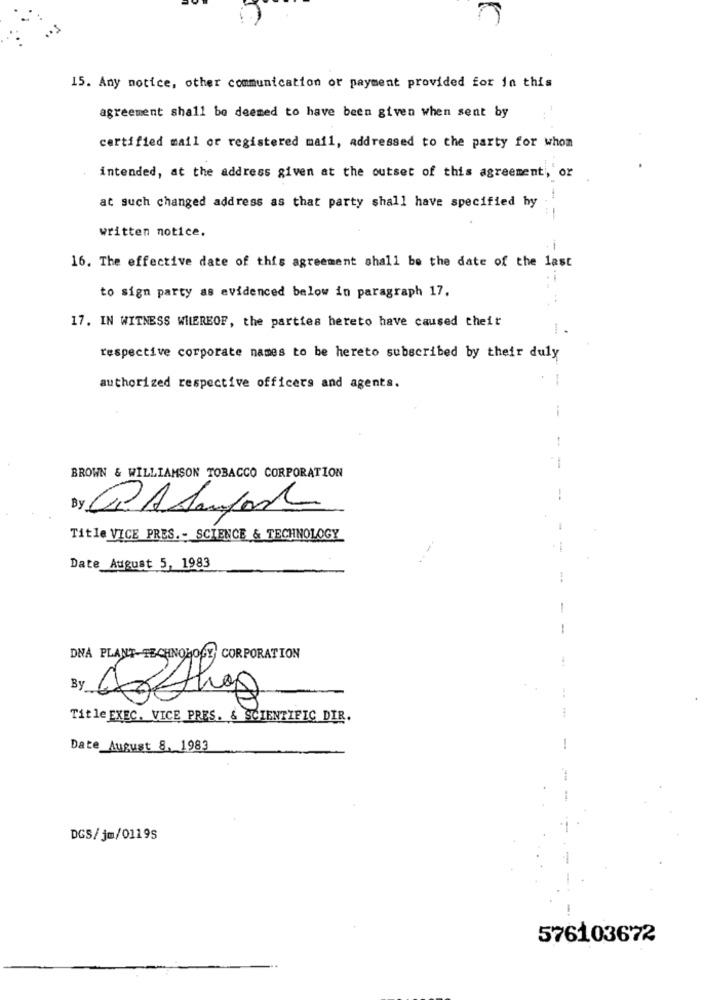
15. Any notice, other communication or payment provided for in this
agreement shall be deemed to have been given when sent by
certified mail or registered mail, addressed to the party for whom
intended, at the address given at the outset of this agreement, or
at such changed address as that party shall have specified by
written notice.
16. The effective date of this agreement shall be the date of the last
to sign party as evidenced below in paragraph 17.
17. IN WITNESS WHEREOF, the parties hereto have caused theit
respective corporate names to be hereto subscribed by their duly
-
authorized respective officers and agents.
--
BROWN & WILLIAMSON TOBACCO CORPORATION
--
Title VICE PRES .- SCIENCE & TECHNOLOGY
Date August 5, 1983
-
-
DNA PLANT-TECHNOLOGY, CORPORATION
By
Title EXEC, VICE PRES. & SCIENTIFIC DIR.
Date_August 8, 1983
DGS/jm/01195
576103672